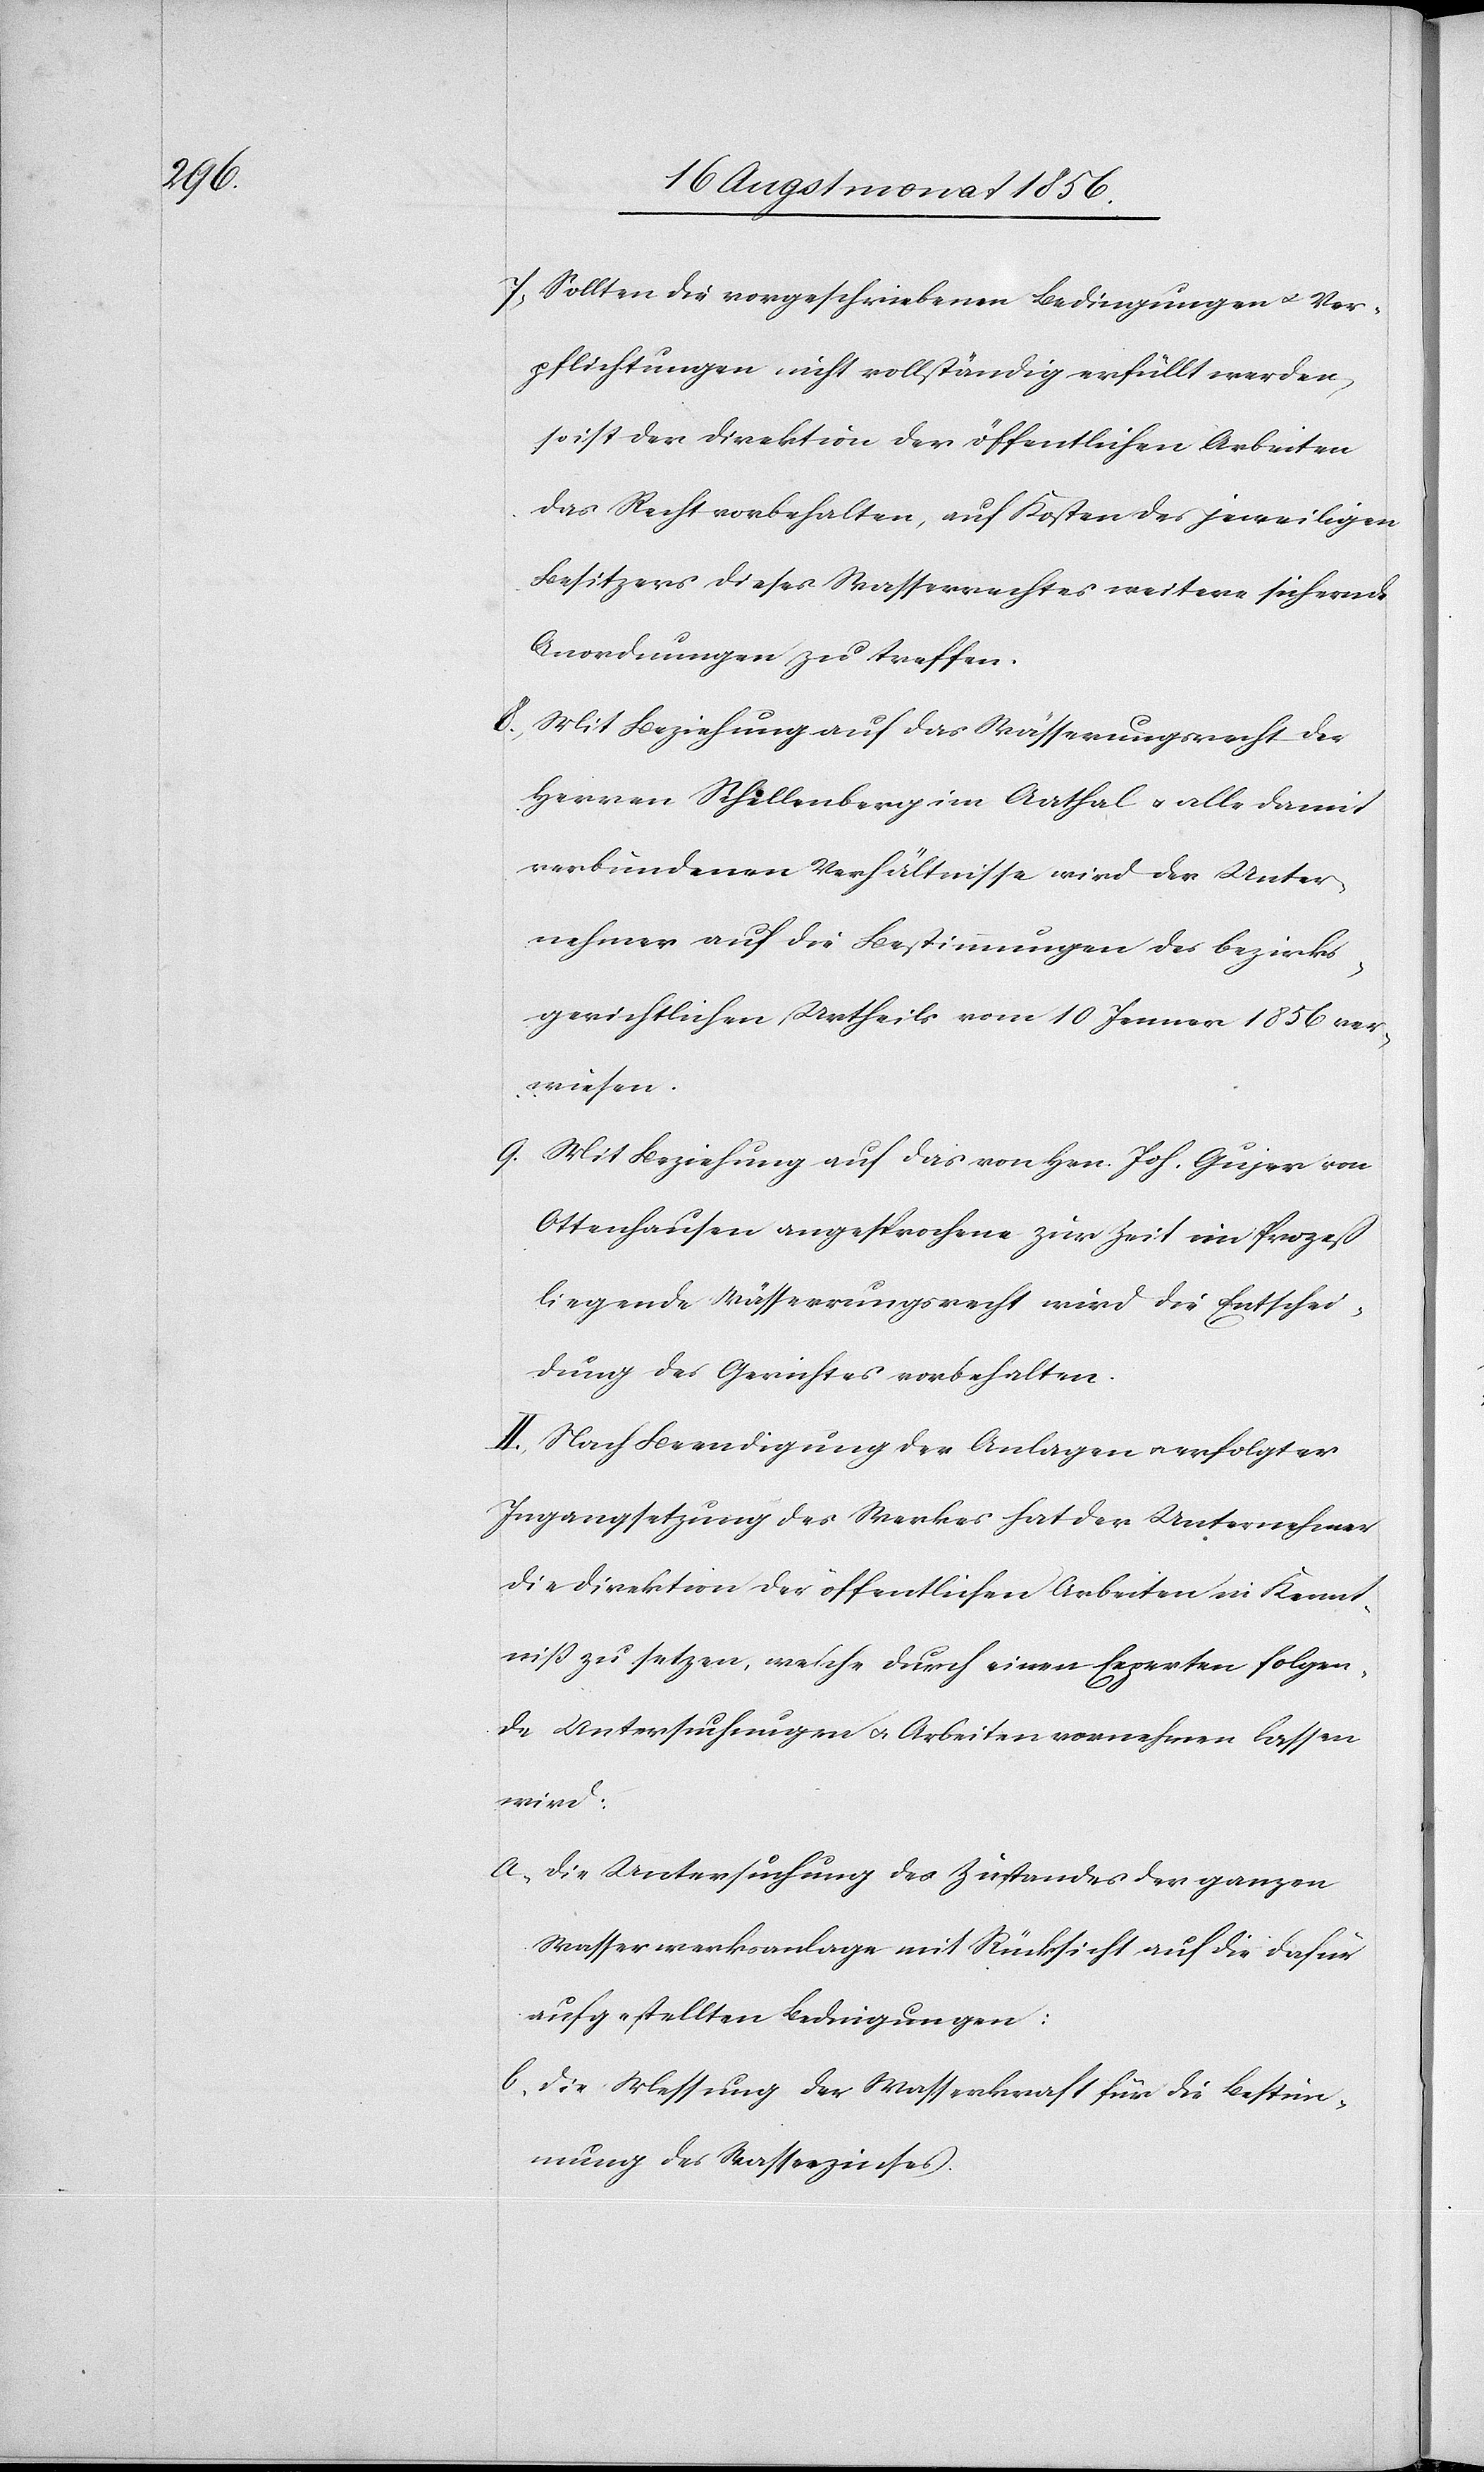
7) Sollten die vorgeschriebenen Bedingungen u. Ver¬
pflichtungen nicht vollständig erfüllt werden,
so ist der Direktion der öffentlichen Arbeiten
das Recht vorbehalten, auf Kosten des jeweiligen
Besitzers dieses Wasserrechtes weitere sichernde
Anordnungen zu treffen.
8) Mit Beziehung auf das Wässerungsrecht der
Herren Schellenberg in Aathal u. alle damit
verbundenen Verhältnisse wird der Unter¬
nehmer auf die Bestimmungen des bezirks¬
gerichtlichen Urtheils vom 10 Jenner 1856 ver¬
wiesen.
)) Mit Beziehung auf das von Hrn. Joh. Gujer von
Ottenhausen [sic!] angesprochene zur Zeit im Prozeß
liegende Wässerungsrecht wird die Entschei¬
dung des Gerichtes vorbehalten.
II.) Nach Beendigung der Anlagen u. erfolgter
Ingangsetzung des Werkes hat der Unternehmer
die Direktion der öffentlichen Arbeiten in Kennt¬
niss zu setzen, welche durch einen Experten folgen¬
de Untersuchungen u. Arbeiten vornehmen lassen
a.) die Untersuchung des Zustandes der ganzen
Wasserwerksanlage mit Rücksicht auf die dafür
aufgestellten Bedingungen:
b.) die Messung der Wasserkraft für die Bestim¬
mung des Wasserzinses.